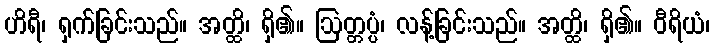
ဟိရီ၊ ရှက်ခြင်းသည်။ အတ္ထိ၊ ရှိ၏။ ဩတ္တပ္ပံ၊ လန့်ခြင်းသည်။ အတ္ထိ၊ ရှိ၏။ ဝီရိယံ၊